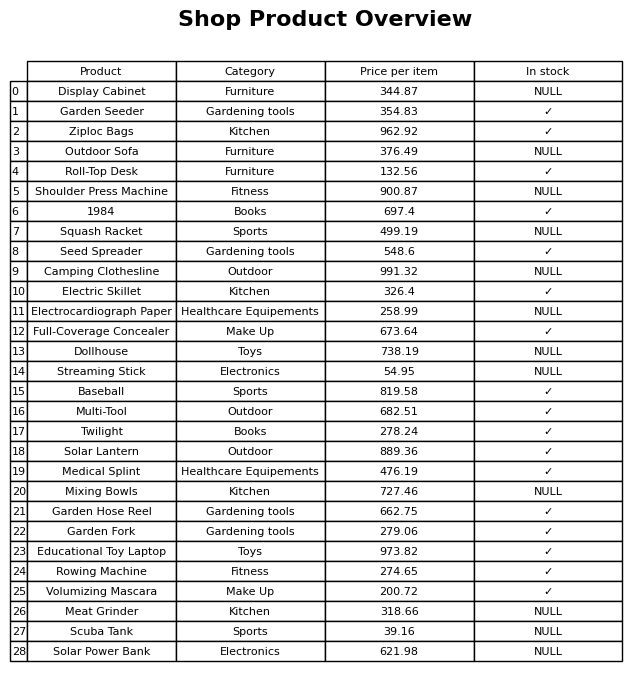
question: What is the price for Electrocardiograph Paper?
answer: The price of Electrocardiograph Paper is 258.99.